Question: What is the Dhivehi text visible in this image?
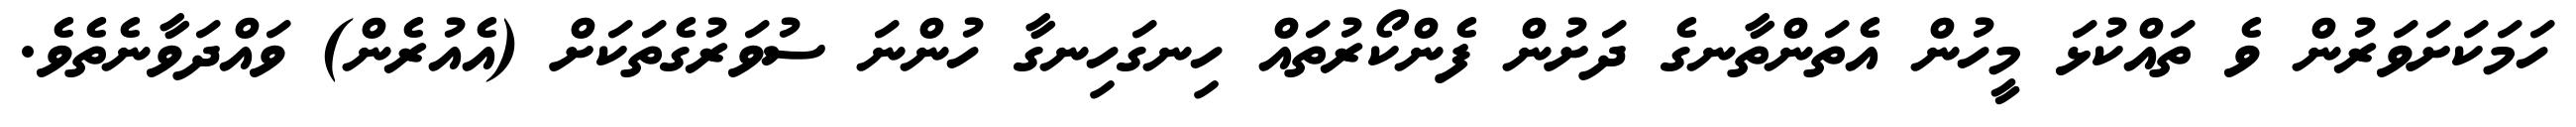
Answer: ހަމަކަށަވަރުން ވެ ތައްކުޅަ މީހުން އެތަންތާނގެ ދަށުން ފެންކޯރުތައް ހިނގަހިނގާ ހުންނަ ސުވަރުގެތަކަށް (އެއުރެން) ވައްދަވާނެތެވެ.